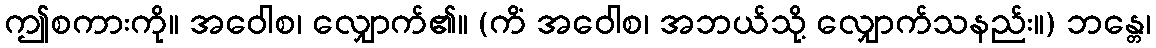
ဤစကားကို။ အဝေါစ၊ လျှောက်၏။ (ကိံ အဝေါစ၊ အဘယ်သို့ လျှောက်သနည်း။) ဘန္တေ၊